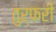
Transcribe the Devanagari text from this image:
तुर्फरी